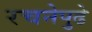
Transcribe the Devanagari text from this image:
रचनेपुढे